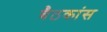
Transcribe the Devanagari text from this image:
बैठकांस